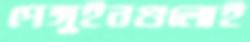
পেঙ্গুইনগুলোই